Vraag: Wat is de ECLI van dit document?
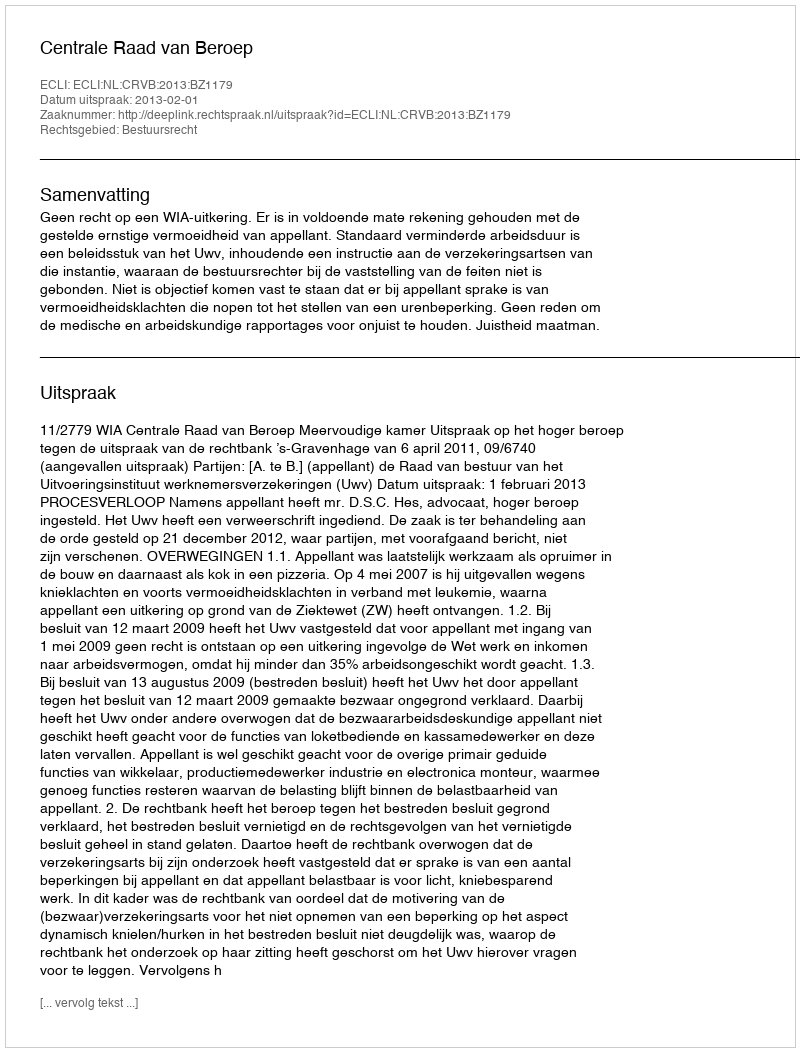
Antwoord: ECLI:NL:CRVB:2013:BZ1179